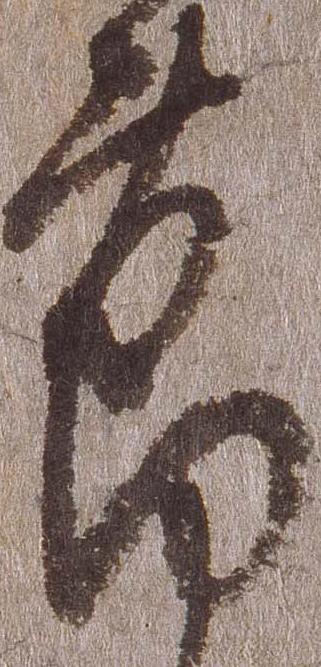
節